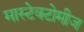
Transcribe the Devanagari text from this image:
मास्टेक्टोमीज